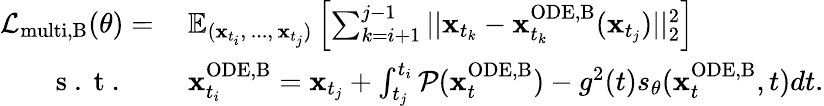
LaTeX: \begin{array}{rl}{\mathcal{L}_{\mathrm{multi,B}}(\theta)=\: }&{{}\mathbb{E}_{(\mathbf{x}_{t_{i}},\, ...,\, \mathbf{x}_{t_{j}})}\left[\sum_{k=i+1}^{j-1}||\mathbf{x}_{t_{k}}-\mathbf{x}_{t_{k}}^{\mathrm{ODE,B}}(\mathbf{x}_{t_{j}})||_{2}^{2}\right]}\\ {\mathrm{~s~.~t~.~}\quad}&{{}\mathbf{x}_{t_{i}}^{\mathrm{ODE,B}}=\mathbf{x}_{t_{j}}+\int_{t_{j}}^{t_{i}}\mathcal{P}(\mathbf{x}_{t}^{\mathrm{ODE,B}})-g^{2}(t)s_{\theta}(\mathbf{x}_{t}^{\mathrm{ODE,B}},t)dt.}\end{array}